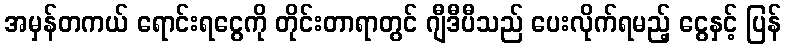
အမှန်တကယ် ရောင်းရငွေကို တိုင်းတာရာတွင် ဂျီဒီပီသည် ပေးလိုက်ရမည့် ငွေနှင့် ပြန်